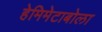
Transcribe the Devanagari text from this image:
हेमिमेटाबोला